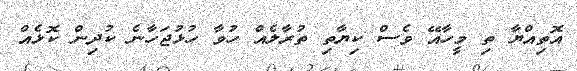
އޮތިއްޔާ ތި މީހާއޭ ވެސް ކިޔާތި ތުރާލެއް ހުވާ ހުޅުޖަހާނެ ކުދިން ކޮޅެއް